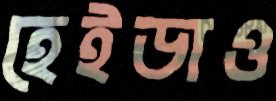
হেইডাও